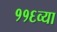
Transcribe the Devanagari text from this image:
११६व्या